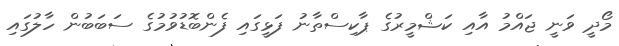
މޯދީ ވަނީ ޖައްމު އާއި ކަޝްމީރުގެ ޕާކިސްތާނު ފަޅީގައި ފެންބޮޑުވުމުގެ ސަބަބުން ހާލުގައި